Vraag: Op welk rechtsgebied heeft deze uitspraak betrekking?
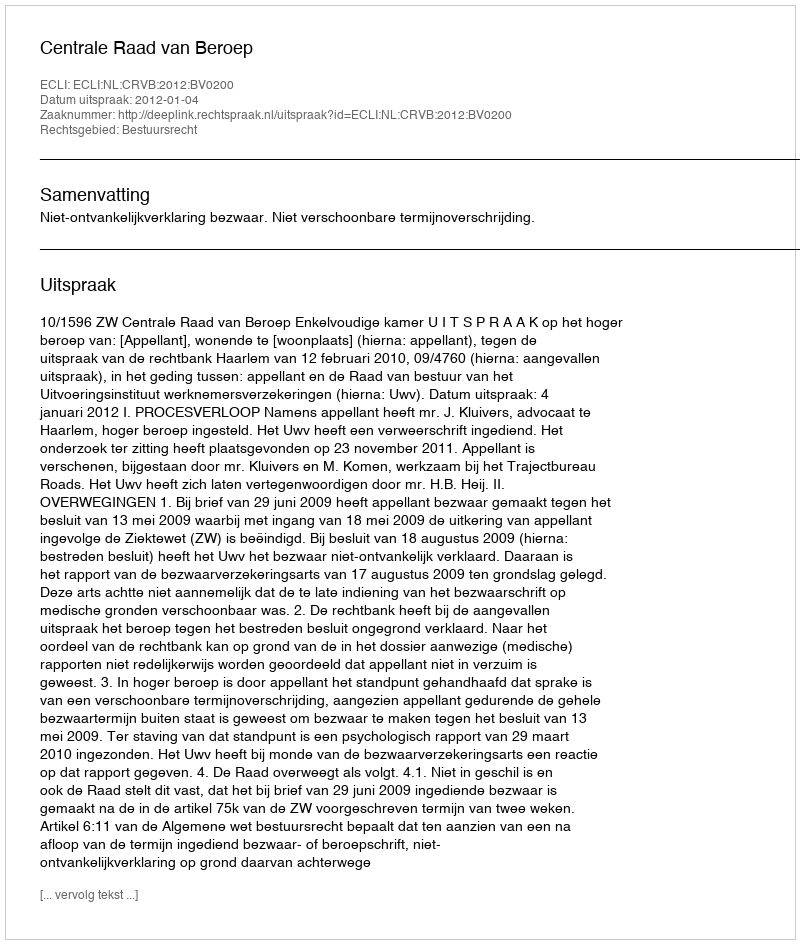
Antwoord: Bestuursrecht